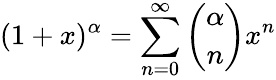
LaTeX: (1+x)^{\alpha}=\sum_{n=0}^{\infty}{\binom{\alpha}{n}}x^{n}